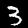
Label: 3